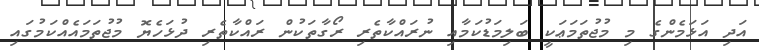
އަދި އަޅަމެންގެ މި މުޖުތަމަޢަކީ ބަލިމަޑުކަމާއި ނުރައްކާތެރި ރޯގާތަކުން ރައްކާތެރި ދުޅަހެޔޮ މުޖުތަމައެއްކަމުގައި